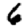
Digit: 6